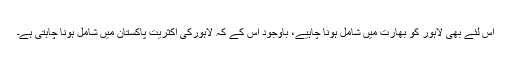
اس لئے بھی لاہور کو بھارت میں شامل ہونا چاہیے، باوجود اس کے کہ لاہورکی اکثریت پاکستان میں شامل ہونا چاہتی ہے۔